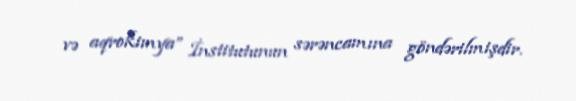
və aqrokimya” İnstitutunun sərəncamına göndərilmişdir.